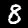
Label: 8